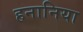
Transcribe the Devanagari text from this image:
हनानिया